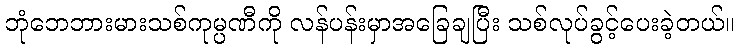
ဘုံဘေဘားမားသစ်ကုမ္ပဏီကို လန်ပန်းမှာအခြေချပြီး သစ်လုပ်ခွင့်ပေးခဲ့တယ်။